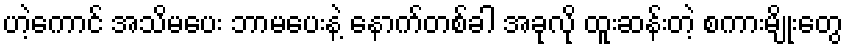
ဟဲ့ကောင် အသိမပေး ဘာမပေးနဲ့ နောက်တစ်ခါ အခုလို ထူးဆန်းတဲ့ စကားမျိုးတွေ